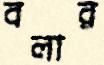
বলার